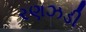
રણઝડી